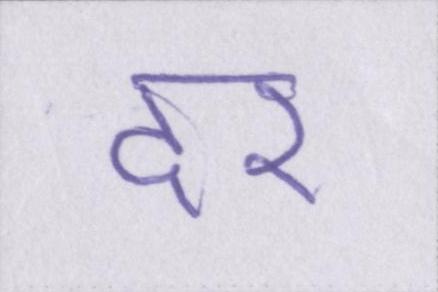
दर